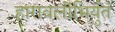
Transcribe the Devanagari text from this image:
हारावलीभिर्युतं